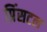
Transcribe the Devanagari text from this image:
प्रिंसटल